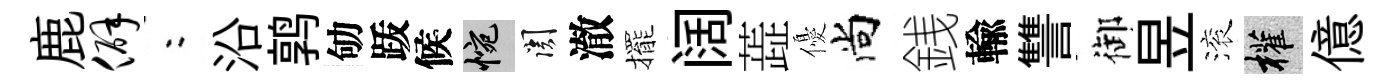
鹿僻欸沿鹑劬䟦候惋關澈擺阔蕋優尚銭輸讐御昱滚權億